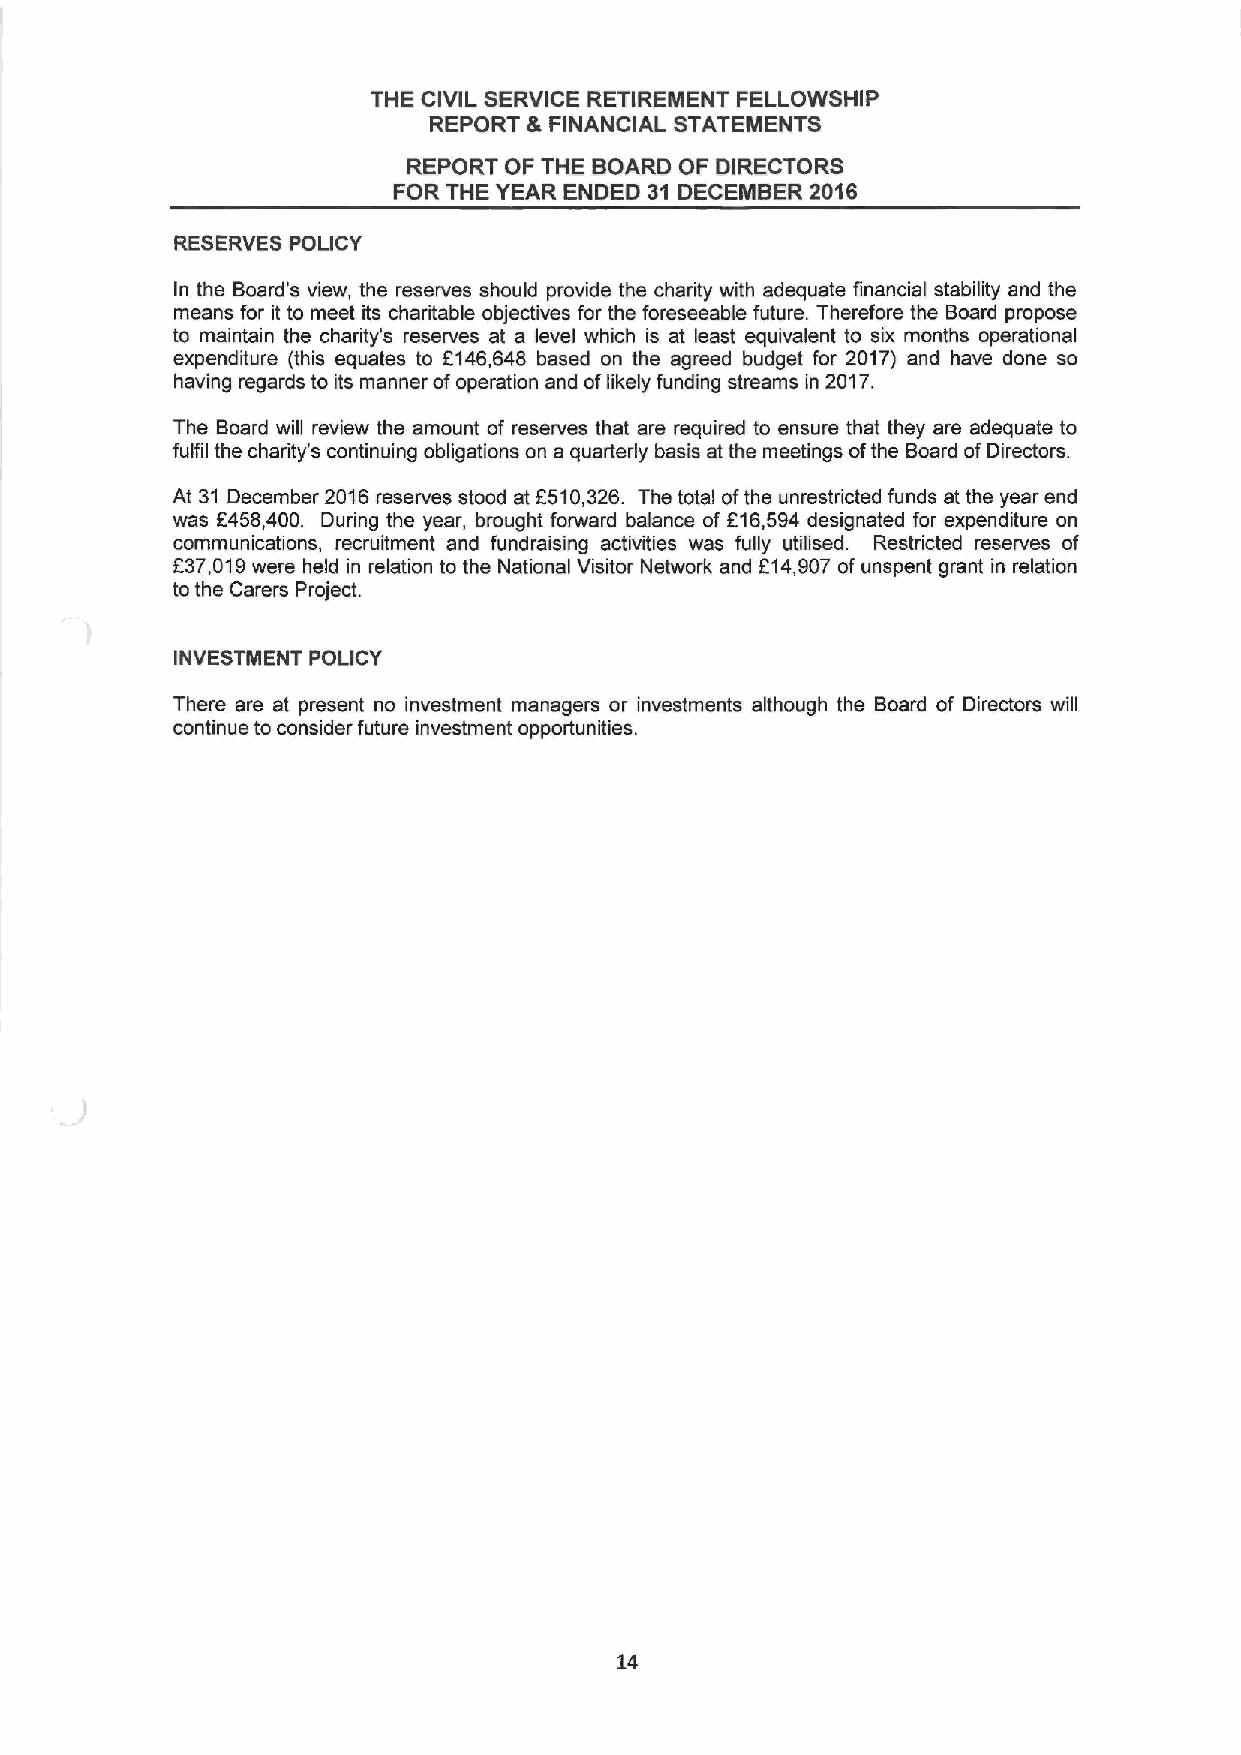
THE CIVIL SERVICE RETIREMENT FELLOWSHIP
 REPORT &FINANCIAL STATEMENTS
 REPORT OF THE BOARD OF DIRECTORS
 FOR THE YEAR ENDED 31 DECEMBER 2016
 RESERVES POLICY
 In the Board's view, the reserves should provide the charity with adequate financial stability and the
 means for it to meet its charitable objectives for the foreseeable future. Therefore the Board propose
 to maintain the charity's reserves at a level which is at least equivalent to six months operational
 expenditure (this equates to 6146,648 based on the agreed budget for 2017) and have done so
 having regards to its manner ofoperation and oflikely funding streams in 2017.
 The Board will review the amount of reserves that are required to ensure that they are adequate to
 fulfil the charity's continuing obligations on a quarterly basis at the meetings ofthe Board ofDirectors.
 At 31 December 2016 reserves stood at 5510,326. The total ofthe unrestricted funds at the year end
 was 6458,400. During the year, brought forward balance of 616,594 designated for expenditure on
 communications, recruitment and fundraising activities was fully utilised. Restricted reserves of
 637,019were held in relation to the National Visitor Network and 614,907 of unspent grant in relation
 tothe Carers Project.
 INVESTMENT POLICY
 There are at present no investment managers or investments although the Board of Directors will
 continue to consider future investment opportunities.
 14